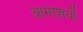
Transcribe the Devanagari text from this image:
आमाशयों